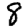
Digit: 8